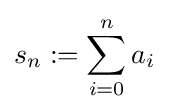
s_{n}:=\sum _{i=0}^{n}a_{i}